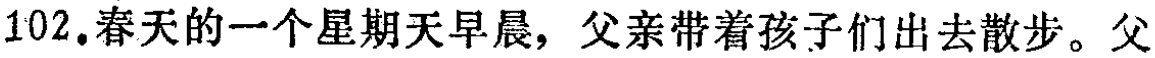
102.春天的一个星期天早晨，父亲带着孩子们出去散步。父